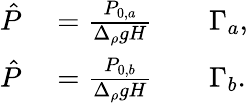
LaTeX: \begin{array}{rlrl}{\hat{P}}&{{}=\frac{P_{0,a}}{\Delta_{\rho}gH}}&{}&{{}\Gamma_{a},}\\ {\hat{P}}&{{}=\frac{P_{0,b}}{\Delta_{\rho}gH}}&{}&{{}\Gamma_{b}.}\end{array}